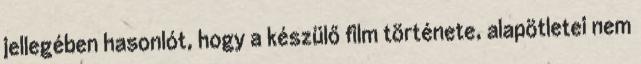
jellegében hasonlót, hogy a készülő film története, alapötletei nem